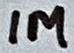
Text: 1M